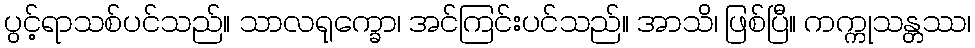
ပွင့်ရာသစ်ပင်သည်။ သာလရုက္ခော၊ အင်ကြင်းပင်သည်။ အာသိ၊ ဖြစ်ပြီ။ ကက္ကုသန္တဿ၊